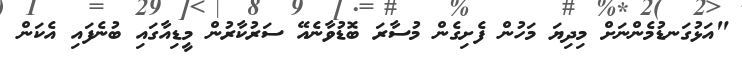
"އަޅުގަނޑުމެންނަށް މިދިޔަ މަހުން ފެށިގެން މުސާރަ ބޮޑުވާނެއޭ ސަރުކާރުން މީޑިއާގައި ބުނެފައި އެކަން